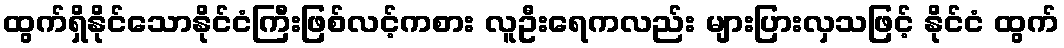
ထွက်ရှိနိုင်သောနိုင်ငံကြီးဖြစ်လင့်ကစား လူဦးရေကလည်း များပြားလှသဖြင့် နိုင်ငံ ထွက်